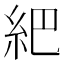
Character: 紦